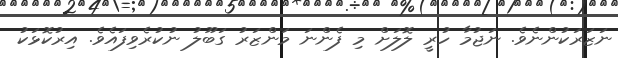
ނަޒަރަކުންނެވެ. ނަޖުމާ ހުރީ ލޮލަށް މި ފެންނަ މަންޒަރު ގަބޫލު ނުކުރެވިފައެވެ. އިރުކޮޅަކު